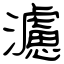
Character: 濾